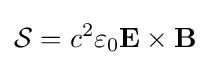
{\mathcal {S}}=c^{2}\varepsilon _{0}\mathbf {E} \times \mathbf {B}